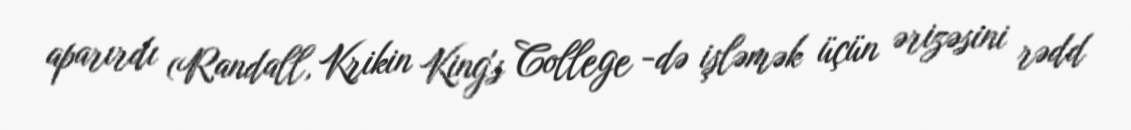
aparırdı (Randall, Krikin King's College -də işləmək üçün ərizəsini rədd